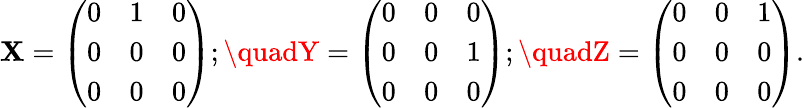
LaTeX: \mathbf{X}={\left(\begin{array}{lll}{0}&{1}&{0}\\ {0}&{0}&{0}\\ {0}&{0}&{0}\end{array}\right)};\quadY={\left(\begin{array}{lll}{0}&{0}&{0}\\ {0}&{0}&{1}\\ {0}&{0}&{0}\end{array}\right)};\quadZ={\left(\begin{array}{lll}{0}&{0}&{1}\\ {0}&{0}&{0}\\ {0}&{0}&{0}\end{array}\right)}.